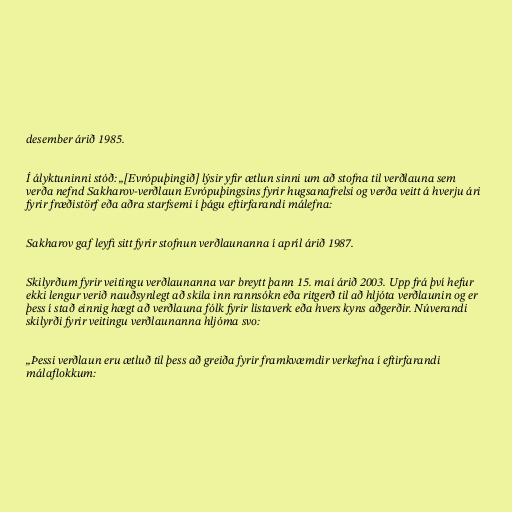
desember árið 1985.

Í ályktuninni stóð: „[Evrópuþingið] lýsir yfir ætlun sinni um að stofna til verðlauna sem
verða nefnd Sakharov-verðlaun Evrópuþingsins fyrir hugsanafrelsi og verða veitt á hverju ári
fyrir fræðistörf eða aðra starfsemi í þágu eftirfarandi málefna:

Sakharov gaf leyfi sitt fyrir stofnun verðlaunanna í apríl árið 1987.

Skilyrðum fyrir veitingu verðlaunanna var breytt þann 15. maí árið 2003. Upp frá því hefur
ekki lengur verið nauðsynlegt að skila inn rannsókn eða ritgerð til að hljóta verðlaunin og er
þess í stað einnig hægt að verðlauna fólk fyrir listaverk eða hvers kyns aðgerðir. Núverandi
skilyrði fyrir veitingu verðlaunanna hljóma svo:

„Þessi verðlaun eru ætluð til þess að greiða fyrir framkvæmdir verkefna í eftirfarandi
málaflokkum: